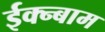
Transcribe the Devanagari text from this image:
ईक्न्बाम